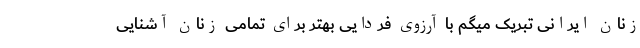
زنان ایرانی تبریک میگم با آرزوی فردایی بهتر برای تمامی زنان آشنایی